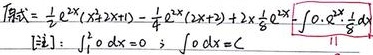
原式\(&=\frac{1}{2}e^{2x}(x^{2}+2x+1)-\frac{1}{4}e^{2x}(2x+2)+2x^{\frac{1}{2}}-\int\frac{0.2x^{\frac{1}{2}}}{1}\mathrm{d}x\)\\
[注]&:\(\int_{0}^{1}0\mathrm{d}x=0\;int0\mathrm{d}x=C\)